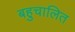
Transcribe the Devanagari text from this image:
बहुचालित